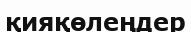
қияқөлеңдер